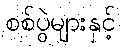
စစ်ပွဲများနှင့်